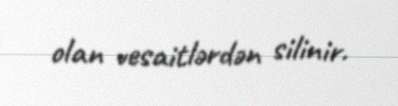
olan vesaitlərdən silinir.